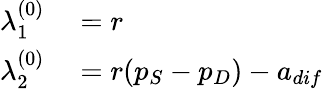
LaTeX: \begin{array}{rl}{\lambda_{1}^{(0)}}&{{}=r}\\ {\lambda_{2}^{(0)}}&{{}=r(p_{S}-p_{D})-a_{dif}}\end{array}